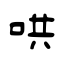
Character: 哄